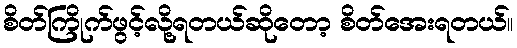
စိတ်ကြိုက်ဖွင့်လို့ရတယ်ဆိုတော့ စိတ်အေးရတယ်။